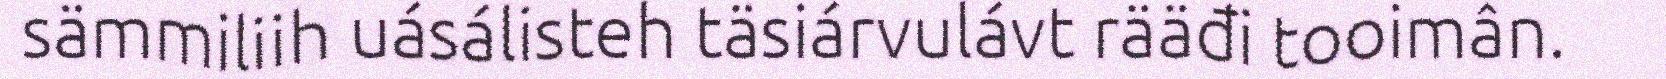
sämmiliih uásálisteh täsiárvulávt rääđi tooimân.